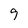
Character: 9